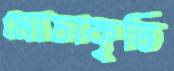
মোচাকৃতি